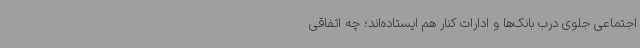
اجتماعی جلوی درب بانک‌ها و ادارات کنار هم ایستاده‌اند؛ چه اتفاقی